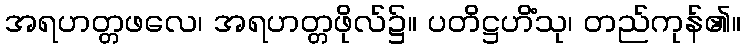
အရဟတ္တဖလေ၊ အရဟတ္တဖိုလ်၌။ ပတိဋ္ဌဟိံသု၊ တည်ကုန်၏။